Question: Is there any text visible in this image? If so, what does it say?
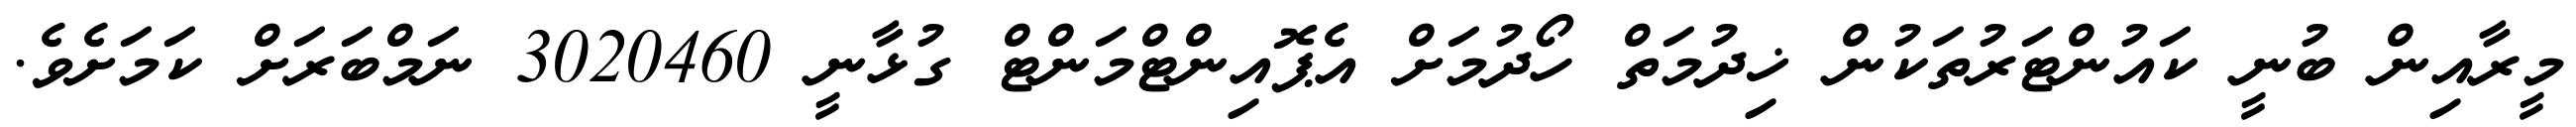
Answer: މީރާއިން ބުނީ ކައުންޓަރުތަކުން ޚިދުމަތް ހޯދުމަށް އެޕޮއިންޓްމަންޓް ގުޅާނީ 3020460 ނަމްބަރަށް ކަމަށެވެ.